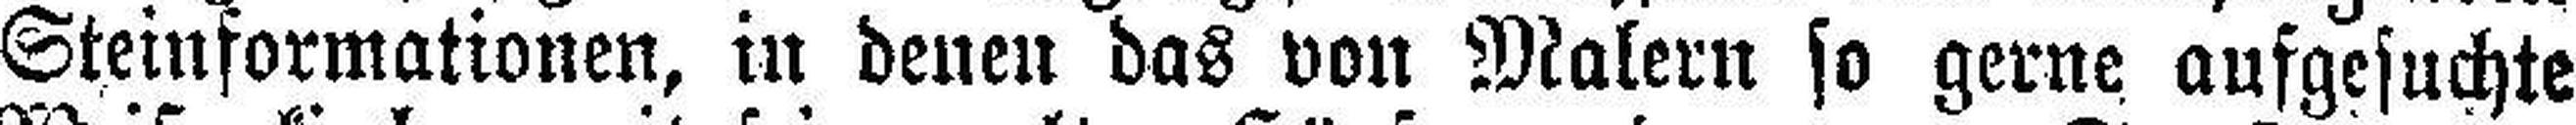
Steinformationen, in denen das von Malern so gerne aufgesuchte